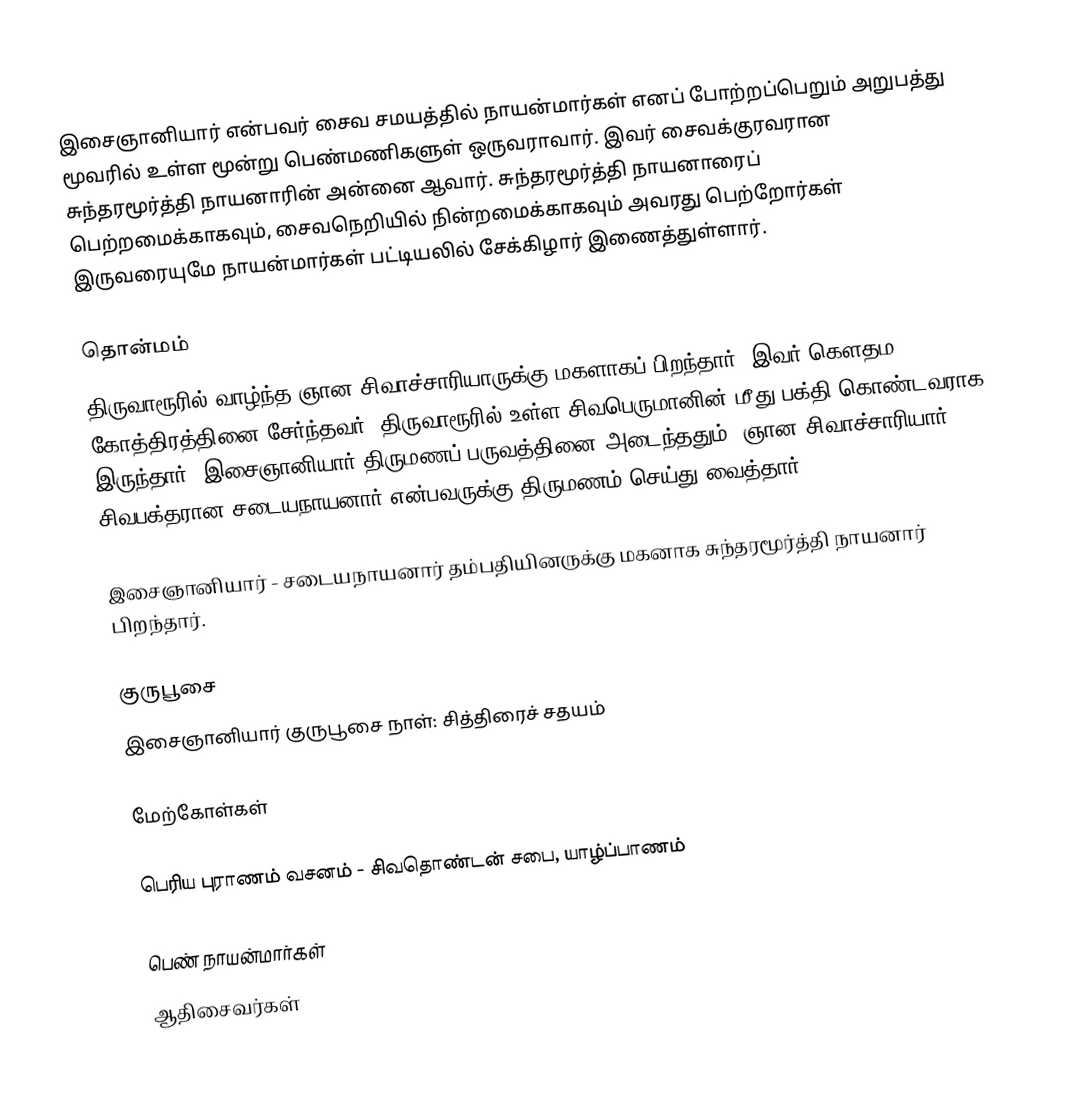
இசைஞானியார் என்பவர் சைவ சமயத்தில் நாயன்மார்கள் எனப் போற்றப்பெறும் அறுபத்து மூவரில் உள்ள மூன்று பெண்மணிகளுள் ஒருவராவார். இவர் சைவக்குரவரான சுந்தரமூர்த்தி நாயனாரின் அன்னை ஆவார். சுந்தரமூர்த்தி நாயனாரைப் பெற்றமைக்காகவும், சைவநெறியில் நின்றமைக்காகவும் அவரது பெற்றோர்கள் இருவரையுமே நாயன்மார்கள் பட்டியலில் சேக்கிழார் இணைத்துள்ளார்.

தொன்மம்
திருவாரூரில் வாழ்ந்த ஞான சிவாச்சாரியாருக்கு மகளாகப் பிறந்தார். இவர் கௌதம கோத்திரத்தினை சேர்ந்தவர். திருவாரூரில் உள்ள சிவபெருமானின் மீது பக்தி கொண்டவராக இருந்தார். இசைஞானியார் திருமணப் பருவத்தினை அடைந்ததும்,  ஞான சிவாச்சாரியார் சிவபக்தரான  சடையநாயனார் என்பவருக்கு திருமணம் செய்து வைத்தார்.

இசைஞானியார் - சடையநாயனார் தம்பதியினருக்கு மகனாக சுந்தரமூர்த்தி நாயனார் பிறந்தார்.

குருபூசை
இசைஞானியார் குருபூசை நாள்: சித்திரைச் சதயம்

மேற்கோள்கள்

பெரிய புராணம் வசனம் - சிவதொண்டன் சபை, யாழ்ப்பாணம்

பெண் நாயன்மார்கள்
ஆதிசைவர்கள்